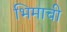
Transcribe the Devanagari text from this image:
भिमाची